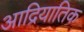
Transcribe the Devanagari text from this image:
आद्रियातिक